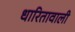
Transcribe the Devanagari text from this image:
धारितावाली